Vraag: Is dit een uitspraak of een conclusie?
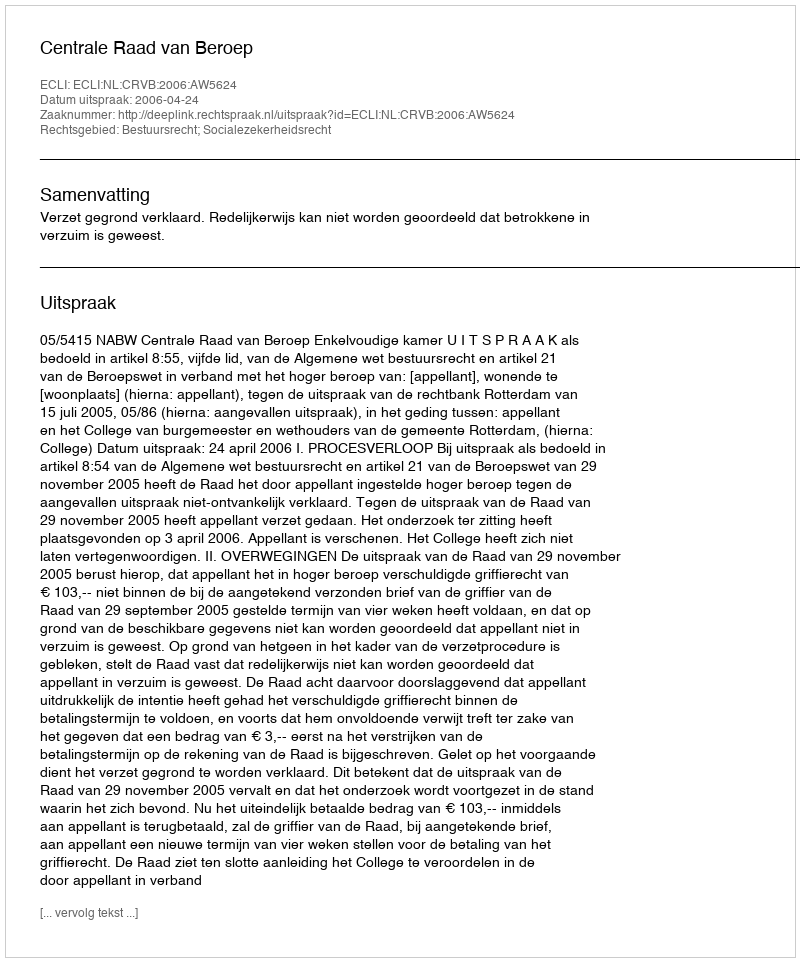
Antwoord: Uitspraak